Vaccination in Bombay 1869-1873 - 1869-1873
Year: 1869
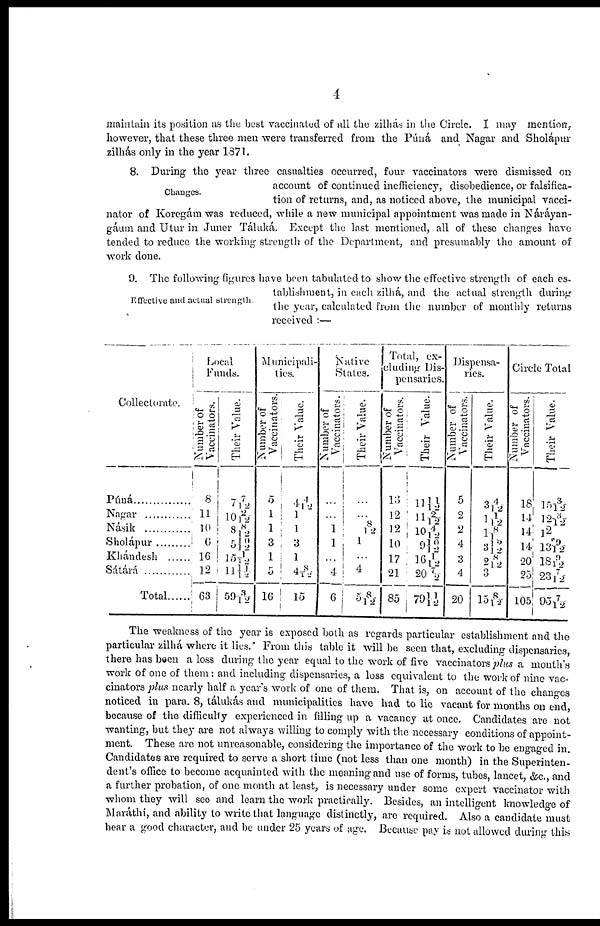
4
maintain its position as the best vaccinated of all the zilhás in the Circle. I may mention,
however, that these three men were transferred from the Puna and Nagar and Sholápur
zilhás only in the year 1871.
Changes.
8. During the year three casualties occurred, four vaccinators were dismissed on
account of continued inefficiency, disobedience, or falsifica-
tion of returns, and, as noticed above, the municipal vacci-
nator of Koregám was reduced, while a new municipal appointment was made in Náráyan¬
gáum and Utur in Juner Táluká. Except the last mentioned, all of these changes have
tended to reduce the working strength of the Department, and presumably the amount of
work done.
Effective and actual strength.
9. The following figures have been tabulated to show the effective strength of each es-
tablishment, in each zilliá, and the actual strength during
the year, calculated from the number of monthly returns
received :—
Collectorate.
Púná...............
Nagar ............
Násik ............
Sholápur............
Khándesh ......
Sátárá ............
Total ......
Local
Funds.
Number of
Vaccinators.
8
11
10
6
16
12
63
Their Value.
7 7/12
10 2/12
8 8/ 12
5 12/12
15 1/12
11 11/12
59 3/12
Municipali-
ties.
Number of
Vaccinators.
5
1
1
3
1
5
16
Their Value.
4 4/12
1
1
3
1
4 8/12
15
Native
States.
Number of
Vaccinators.
...
...
1
1
...
4
6
Their Value.
...
...
8/12
1
...
4
5 8/12
Total, ex-
cluding Dis-
pensaries.
Number of
Vaccinators.
13
12
12
10
17
21
85
Their Value.
11 11/12
11 2/12
10 4/12
9 10/ 12
16 1/ 12
20 7/12
79 11/12
Dispensa-
ries.
Number of
Vaccinators.
5
2
2
4
3
4
20
Their Value.
3 4/ 12
1 1/ 12
1 8/12
3 12/12
2 8/12
3
15 8/12
Circle Total
Number of
Vaccinators.
18
14
14
14
20
25
105
Their Value.
18 3/ 12
12 3/12
12
13 29/12
18 8/12
23 7/ 12
95 7/12
The weakness of the year is exposed both as regards particular establishment and the
particular zilhá where it lies. From this table it will be seen that, excluding dispensaries,
there has been a loss during the year equal to the work of five vaccinators plus a month's
work of one of them : and including dispensaries, a loss equivalent to the work of nine vac-
cinators plus nearly half a year's work of one of them. That is, on account of the changes
noticed in para. 8, tálukás and municipalities have had to lie vacant for months on end,
because of the difficulty experienced in filling up a vacancy at once. Candidates are not
wanting, but they are not always willing to comply with the necessary conditions of appoint-
ment. These are not unreasonable, considering the importance of the work to be engaged in.
Candidates are required to serve a short time (not less than one month) in the Superinten-
dent's office to become acquainted with the meaning and use of forms, tubes, lancet, &c., and
a further probation, of one month at least, is necessary under some expert vaccinator with
whom they will see and learn the work practically. Besides, an intelligent knowledge of
Maráthí, and ability to write that language distinctly, are required. Also a candidate must
hear a good character, and be under 25 years of age. Because pay is not allowed during this